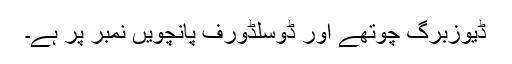
ڈیوزبرگ چوتھے اور ڈوسلڈورف پانچویں نمبر پر ہے۔